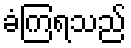
ခံကြရသည်